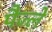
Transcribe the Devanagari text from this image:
पैज्ले